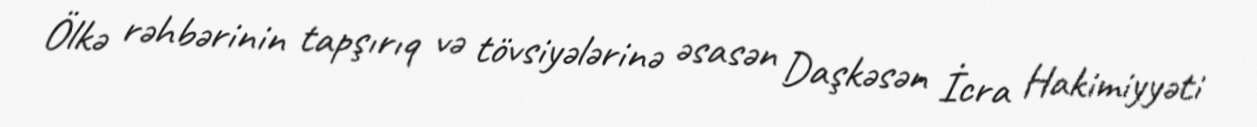
Ölkə rəhbərinin tapşırıq və tövsiyələrinə əsasən Daşkəsən İcra Hakimiyyəti